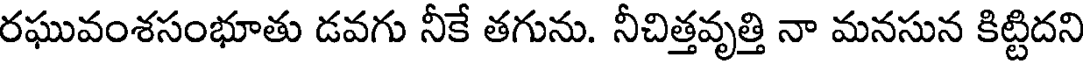
రఘువంశసంభూతు డవగు నీకే తగును. నీచిత్తవృత్తి నా మనసున కిట్టిదని